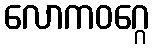
လောကဝဂ္ဂေ